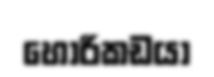
හොරිකඩයා